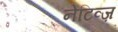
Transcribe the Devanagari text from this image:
नेटिव्ज़